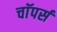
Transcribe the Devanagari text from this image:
चाॅपर्स